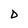
Character: D